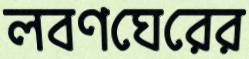
লবণঘেরের